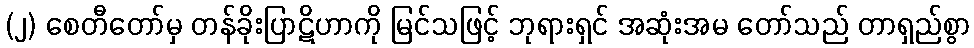
(၂) စေတီတော်မှ တန်ခိုးပြာဋိဟာကို မြင်သဖြင့် ဘုရားရှင် အဆုံးအမ တော်သည် တာရှည်စွာ